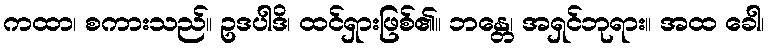
ကထာ၊ စကားသည်။ ဥဒပါဒိ၊ ထင်ရှားဖြစ်၏။ ဘန္တေ၊ အရှင်ဘုရား။ အထ ခေါ၊